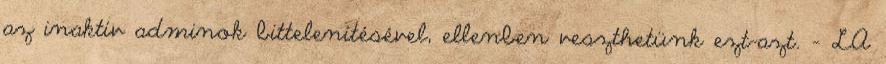
az inaktív adminok bittelenítésével, ellenben veszthetünk ezt-azt. – LA